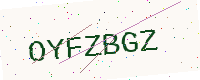
Text: OYFZBGZ